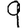
Digit: 9